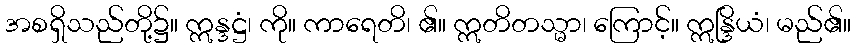
အစရှိသည်တို့၌။ ဣန္ဒဋ္ဌံ၊ ကို။ ကာရေတိ၊ ၏။ ဣတိတသ္မာ၊ ကြောင့်။ ဣန္ဒြိယံ၊ မည်၏။